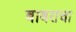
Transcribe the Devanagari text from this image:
बाबराचा